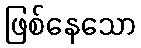
ဖြစ်နေသော